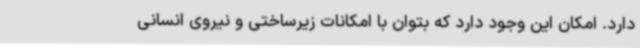
دارد. امکان این وجود دارد که بتوان با امکانات زیرساختی و نیروی انسانی